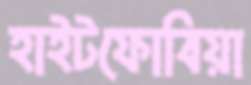
হাইটফোবিয়া